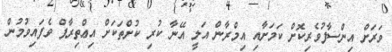
ވަރަށް އިންސާފުވެރިކޮށް ކަމަށާއި އިމްރާން އަލީ އޭނާ ކުރި ކުށްތަކަށް އިޢްތިރާފް ވެފައިވުމުން